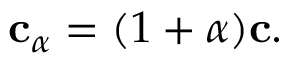
{ \mathbf { c } } _ { \alpha } = ( 1 + \alpha ) { \mathbf { c } } .